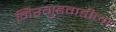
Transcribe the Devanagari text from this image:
निरगुडवाडीला